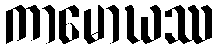
ကာမောဃဿ